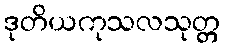
ဒုတိယကုသလသုတ္တ